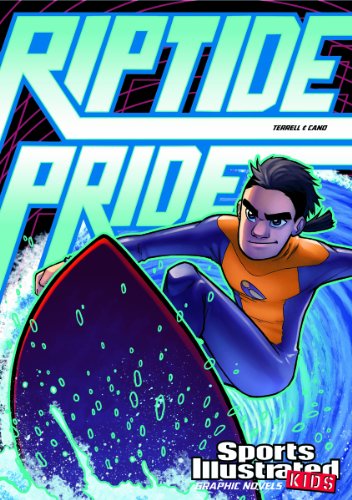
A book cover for Riptide Pride (Sports Illustrated Kids Graphic Novels); Brandon Terrell; Children's Books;